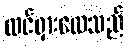
ထင်ရှားလေသည်